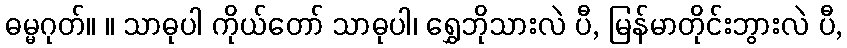
ဓမ္မဂုတ်။ ။ သာဓုပါ ကိုယ်တော် သာဓုပါ၊ ရွှေဘိုသားလဲ ပီ, မြန်မာတိုင်းဘွားလဲ ပီ,